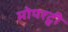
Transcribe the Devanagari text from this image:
मोपरट्वी